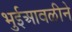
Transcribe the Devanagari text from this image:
भुईआवळीने